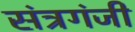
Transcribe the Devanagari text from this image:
संत्रगंजी